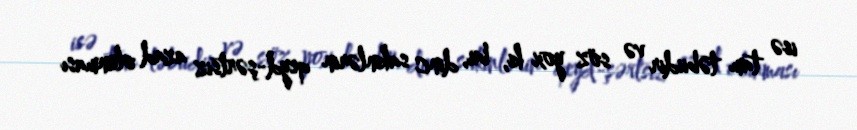
isə tam təbiidir və söz yox ki, bu, dinc sakinlərin qeyd-şərtsiz azad olunması